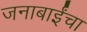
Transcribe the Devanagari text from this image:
जनाबाईंचा